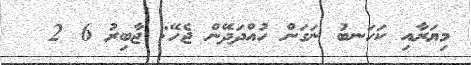
މިޔަރާއި ކަހަނބު ނަގަން ހުއްދަދޭން ޖެހޭ: ޖާބިރު 6 2